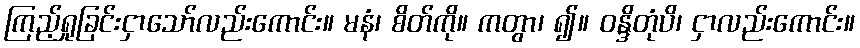
ကြည့်ရှုခြင်းငှာသော်လည်းကောင်း။ မနံ၊ စိတ်ကို။ ကတွာ၊ ၍။ ဝန္ဒိတုံပိ၊ ငှာလည်းကောင်း။